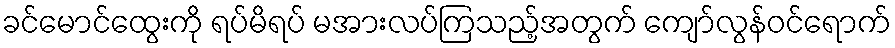
ခင်မောင်ထွေးကို ရပ်မိရပ် မအားလပ်ကြသည့်အတွက် ကျော်လွန်ဝင်ရောက်